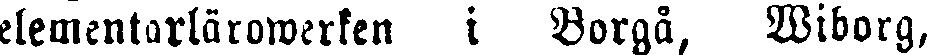
elementarlärowerken i Borgå, Wiborg,